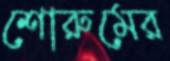
শোরুমের